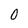
Character: O